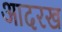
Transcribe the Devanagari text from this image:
आदरख